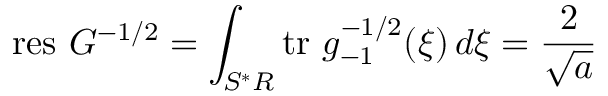
\mathrm { r e s } \ G ^ { - 1 / 2 } = \int _ { S ^ { * } R } \mathrm { t r } \ g _ { - 1 } ^ { - 1 / 2 } ( \xi ) \, d \xi = \frac { 2 } { \sqrt { a } }